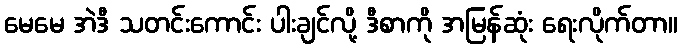
မေမေ အဲဒီ သတင်းကောင်း ပါးချင်လို့ ဒီစာကို အမြန်ဆုံး ရေးလိုက်တာ။